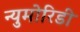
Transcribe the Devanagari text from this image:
न्युमोरिडी